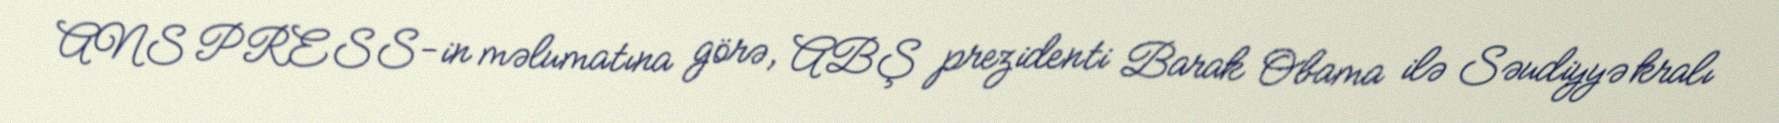
ANS PRESS-in məlumatına görə, ABŞ prezidenti Barak Obama ilə Səudiyyə kralı